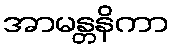
အာမန္တနိကာ